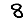
Digit: 8